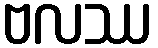
ဗလဿ